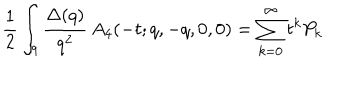
LaTeX: \frac { 1 } { 2 } \int _ { q } \frac { \Delta ( q ) } { q ^ { 2 } } \, A _ { 4 } ( - t ; q , - q , 0 , 0 ) = \sum _ { k = 0 } ^ { \infty } t ^ { k } P _ { k }